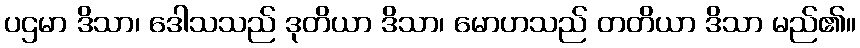
ပဌမာ ဒိသာ၊ ဒေါသသည် ဒုတိယာ ဒိသာ၊ မောဟသည် တတိယာ ဒိသာ မည်၏။